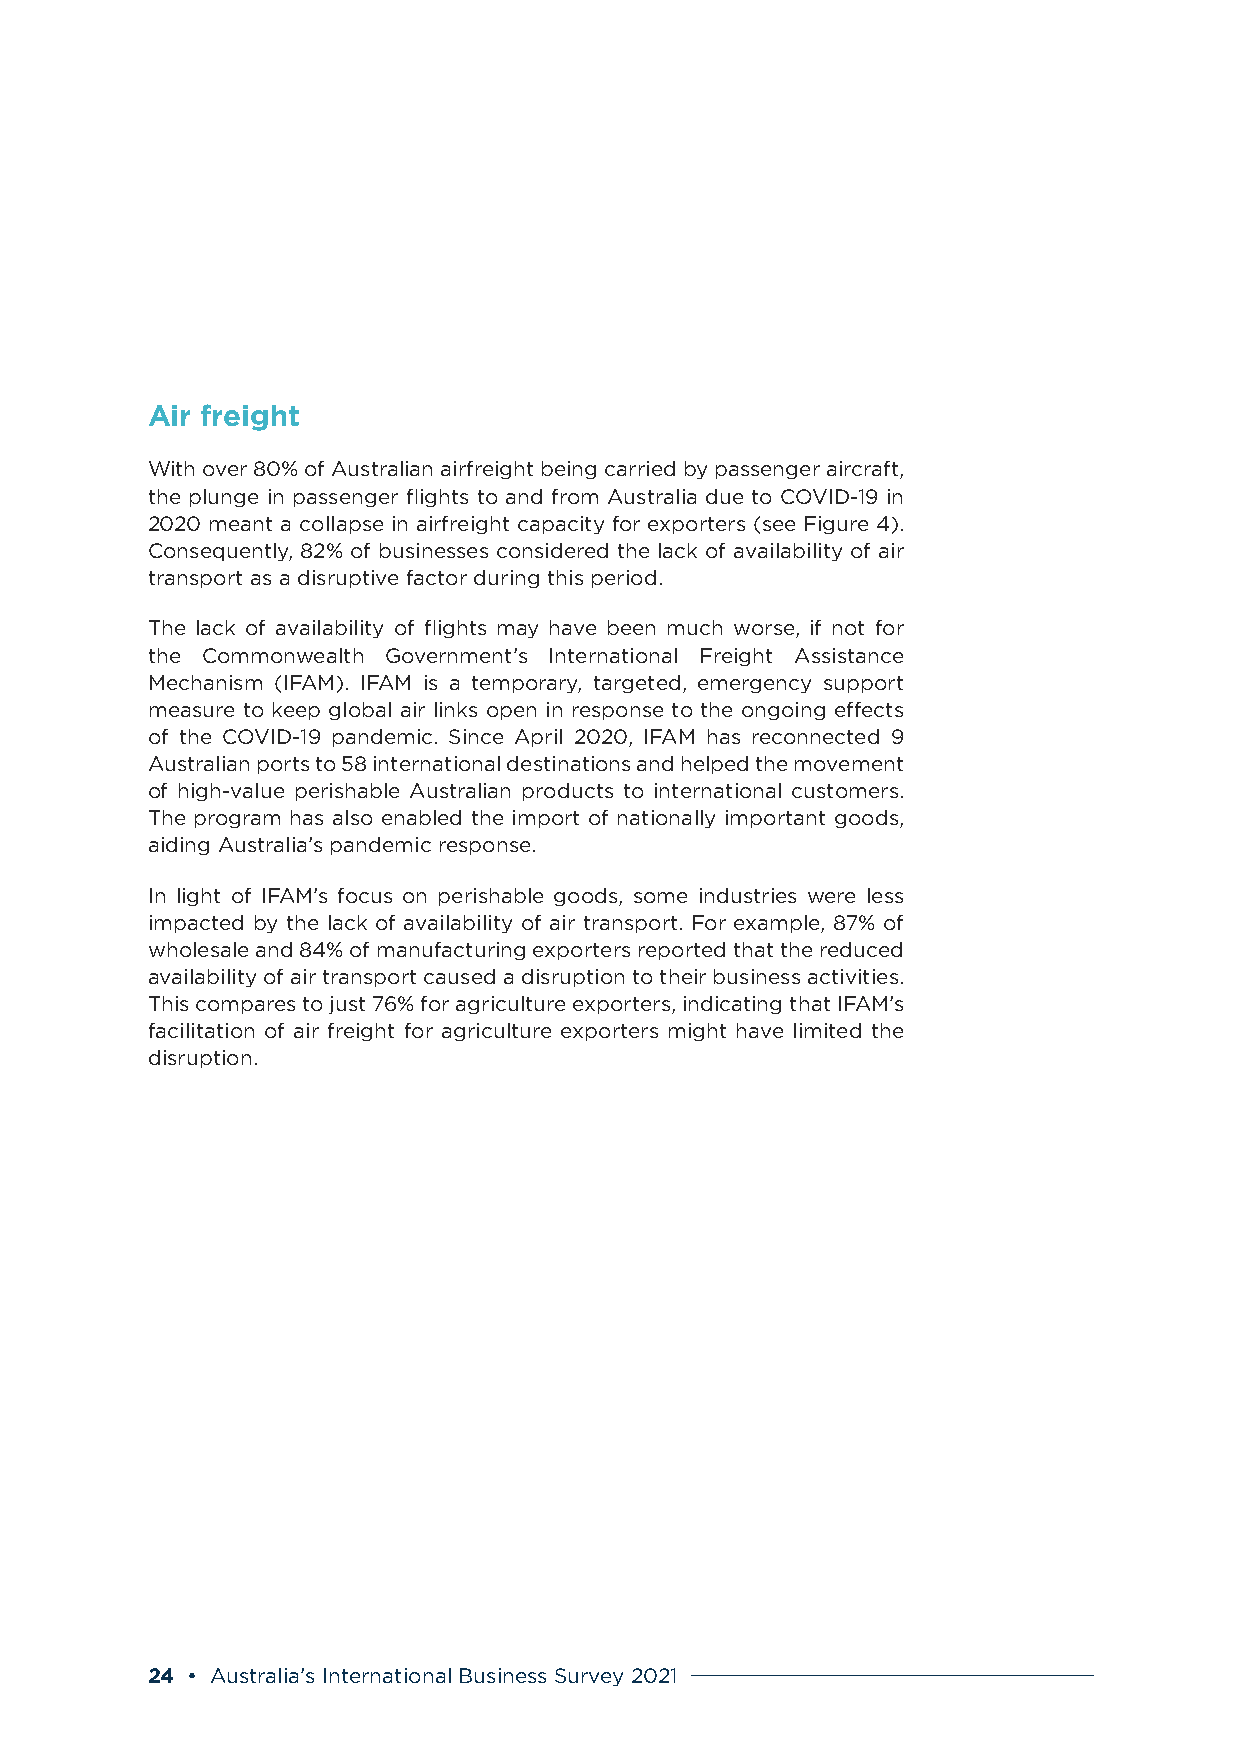
Air freight
 With over 80% of Australian airfreight being carried by passenger aircraft,
 the plunge in passenger flights to and from Australia due to COVID-19 in
 2020 meant a collapse in airfreight capacity for exporters (see Figure 4).
 Consequently, 82% of businesses considered the lack of availability of air
 transport as a disruptive factor during this period.
 The lack of availability of flights may have been much worse, if not for
 the Commonwealth Government’s International Freight Assistance
 Mechanism (IFAM). IFAM is a temporary, targeted, emergency support
 measure to keep global air links open in response to the ongoing effects
 of the COVID-19 pandemic. Since April 2020, IFAM has reconnected 9
 Australian ports to 58 international destinations and helped the movement
 of high-value perishable Australian products to international customers.
 The program has also enabled the import of nationally important goods,
 aiding Australia’s pandemic response.
 In light of IFAM’s focus on perishable goods, some industries were less
 impacted by the lack of availability of air transport. For example, 87% of
 wholesale and 84% of manufacturing exporters reported that the reduced
 availability of air transport caused a disruption to their business activities.
 This compares to just 76% for agriculture exporters, indicating that IFAM’s
 facilitation of air freight for agriculture exporters might have limited the
 disruption.
 24 • Australia’s International Business Survey 2021